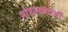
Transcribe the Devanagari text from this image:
मोहल्ल्याच्यी